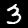
Label: 3